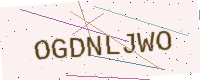
Text: OGDNLJWO